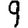
Digit: 9